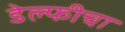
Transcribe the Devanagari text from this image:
डेल्फीचा